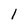
Character: 1